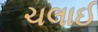
ચલાઈ